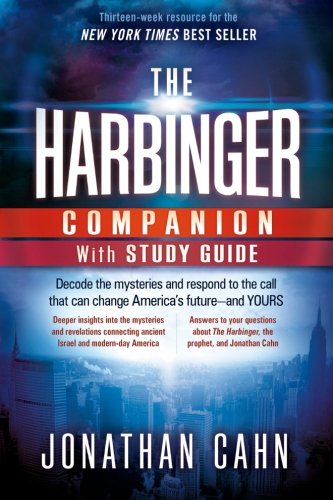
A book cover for The Harbinger Companion With Study Guide: Decode the Mysteries and Respond to the Call that Can Change America's FutureEEand  Yours; Jonathan Cahn; Christian Books & Bibles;